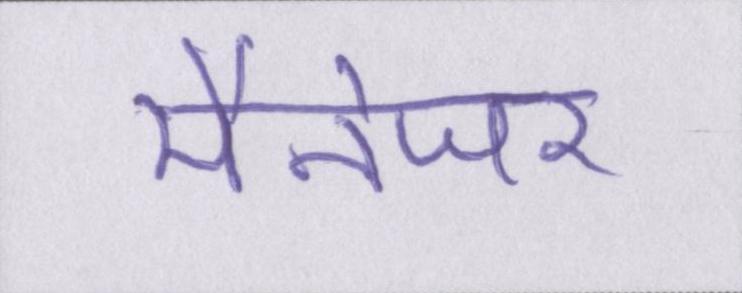
मैनेजर